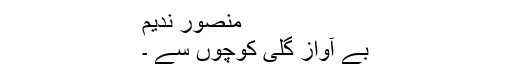
منصور ندیم
بے آواز گلی کوچوں سے ۔